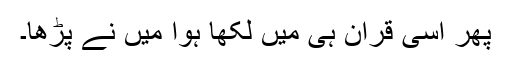
پھر اسی قرآن ہی میں لکھا ہوا میں نے پڑھا۔